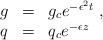
LaTeX: \begin{align*}\begin{array}{rcl} g &=& g_c e^{-\epsilon^2 t}\ , \\ q &=& q_c e^{-\epsilon z} \ \end{array} \end{align*}